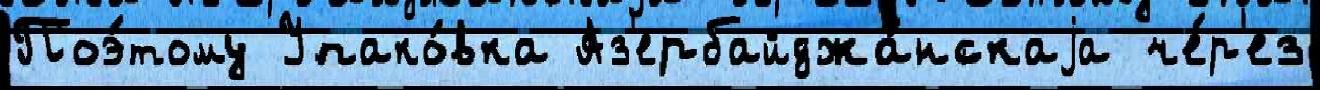
Поэ́тому Упако́вка Аз'ербайджа́нскаjа че́р'ез